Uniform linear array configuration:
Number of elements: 24
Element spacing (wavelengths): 0.75
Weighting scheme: exponential
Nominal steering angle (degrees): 0
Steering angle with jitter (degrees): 0.9594
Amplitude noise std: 0.05
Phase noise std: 0.05

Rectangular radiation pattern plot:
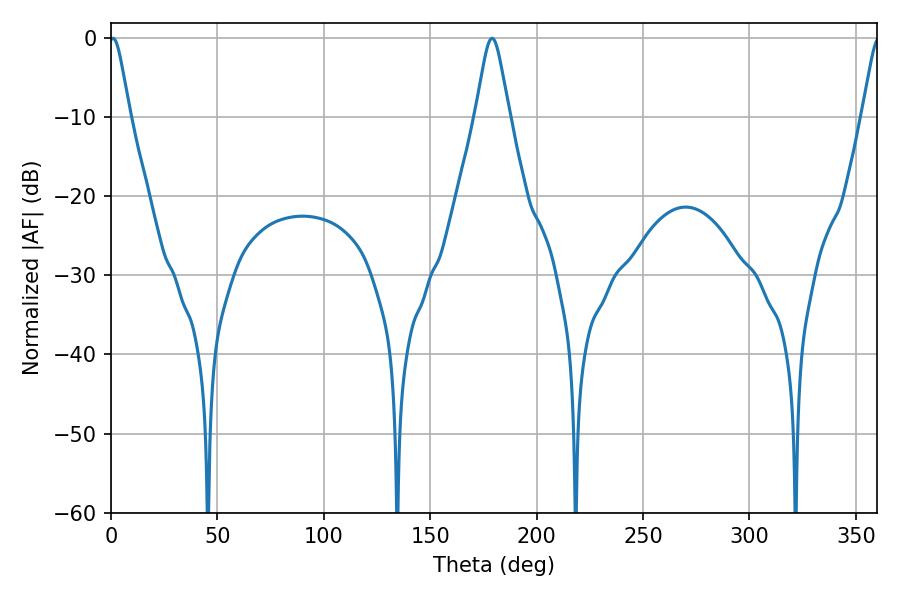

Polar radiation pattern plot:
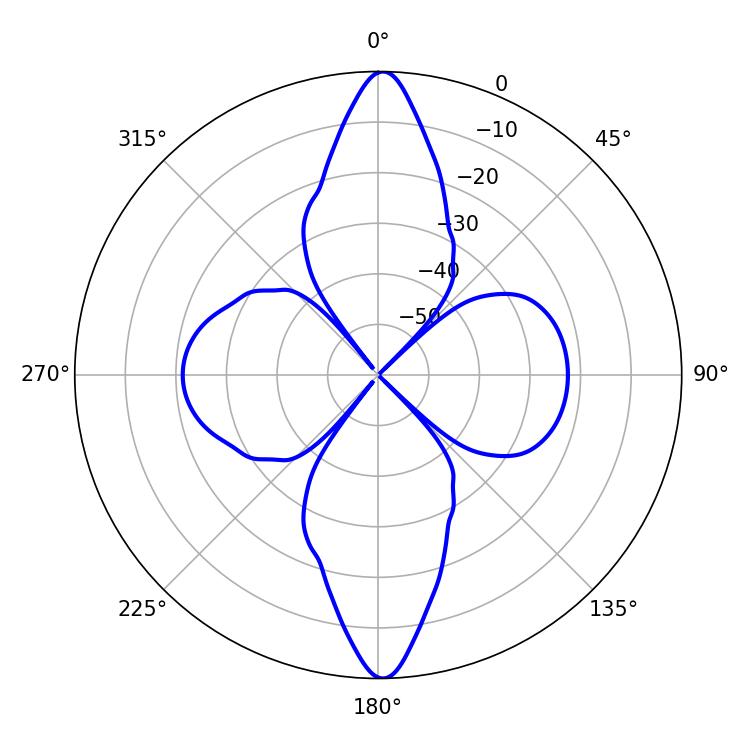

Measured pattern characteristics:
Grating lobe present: TRUE
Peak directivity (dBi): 26.196
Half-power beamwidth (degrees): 4.68
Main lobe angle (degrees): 0.9